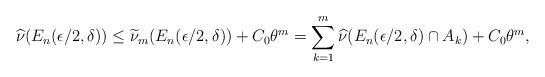
LaTeX: \begin{align*} \widehat{\nu}(E_n(\epsilon/2,\delta)) \leq \widetilde{\nu}_{m}(E_n(\epsilon/2,\delta)) + C_0 \theta^m = \sum_{k=1}^{m} \widehat{\nu}(E_n(\epsilon/2,\delta) \cap A_k) + C_0 \theta^m,\end{align*}